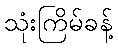
သုံးကြိမ်ခန့်